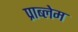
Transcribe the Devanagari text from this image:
प्राब्लेम